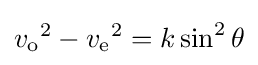
{v_{\text{o}}}^{2}-{v_{\text{e}}}^{2}=k\sin ^{2}\theta